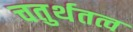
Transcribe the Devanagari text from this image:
चतुर्थतत्व